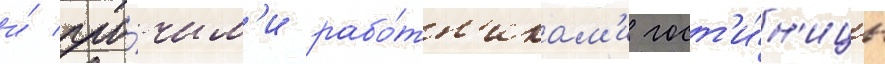
и́ про́чим'и рабо́тн'икам'и гост'и́н'ицы